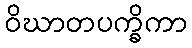
ဝိဃာတပက္ခိကာ